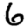
Digit: 6